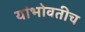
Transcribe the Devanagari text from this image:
यांभोवतीच